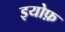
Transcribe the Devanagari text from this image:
इयोफ़